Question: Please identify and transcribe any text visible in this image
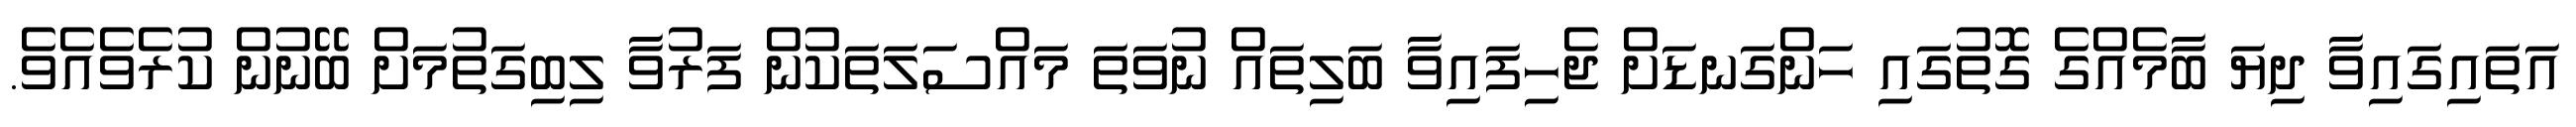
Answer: އަތައިގައިވާ ދިޔަ ބާމެއްގެ ގޮތުގައި ހަންގަނޑަށް ޖެހިފައިވާ ބަލިތައް ނުވަތަ މައްސަލަތަކުން ފަރުވާ ލިބިގަތުމަށް ބޭނުން ކުރެވެއެވެ.